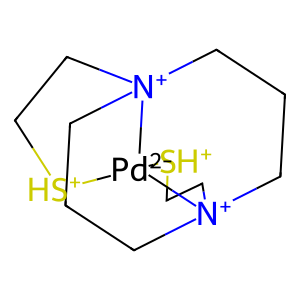
SMILES: C1C[N+]23CCC[N+]4(C1)CC[SH+][Pd-2]24[SH+]CC3
Inhibits HIV replication: No